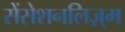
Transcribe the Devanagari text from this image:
सेंसेशनलिज़्म